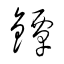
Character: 鐔